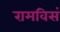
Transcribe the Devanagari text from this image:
रामविसं